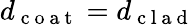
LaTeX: d_{\mathrm{~c~o~a~t~}}=d_{\mathrm{~c~l~a~d~}}